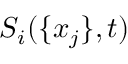
S _ { i } ( \{ x _ { j } \} , t )